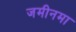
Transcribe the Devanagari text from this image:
जमीनमा